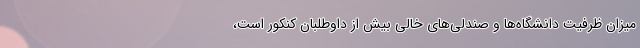
میزان ظرفیت دانشگاه‌ها و صندلی‌های خالی بیش از داوطلبان کنکور است،